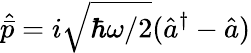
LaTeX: \hat{\bar{p}}=i\sqrt{\hbar\omega/2}(\hat{a}^{\dagger}-\hat{a})